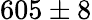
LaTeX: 605\pm 8